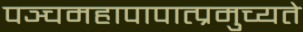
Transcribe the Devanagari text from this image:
पञ्चमहापापात्प्रमुच्यते